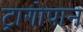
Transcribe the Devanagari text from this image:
ट्रागोपान